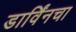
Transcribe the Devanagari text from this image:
डार्विंनचा